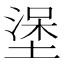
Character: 𰊖